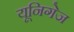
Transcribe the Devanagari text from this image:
यूनिगेज